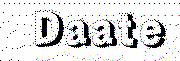
Daate